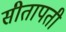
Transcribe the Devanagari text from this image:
सीतापती